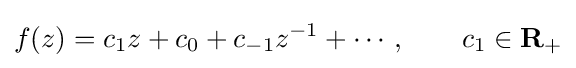
f(z)=c_{1}z+c_{0}+c_{-1}z^{-1}+\cdots ,\qquad c_{1}\in \mathbf {R} _{+}